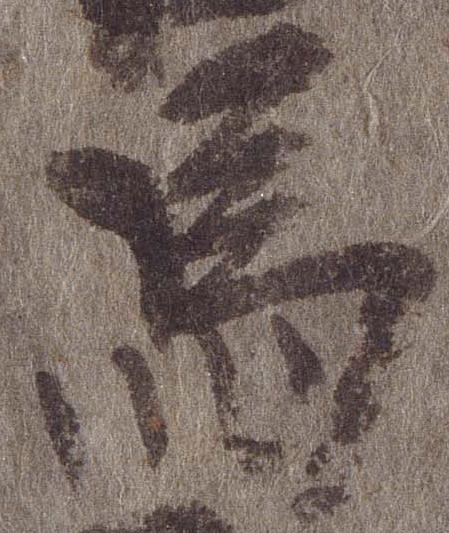
馬